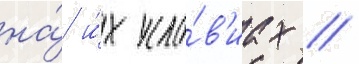
на́ и́х усло́в'иах //